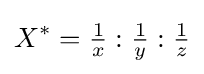
X^{*}={\tfrac {1}{x}}:{\tfrac {1}{y}}:{\tfrac {1}{z}}